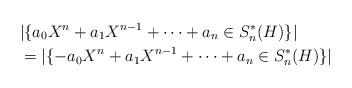
LaTeX: \begin{align*}& |\{a_0X^n+a_1X^{n-1}+\cdots +a_n \in S_n^*(H) \}|\\& =|\{-a_0X^n+a_1X^{n-1}+\cdots +a_n \in S_n^*(H)\}|\end{align*}